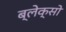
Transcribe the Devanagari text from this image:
ब्लेक्सो